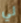
لي